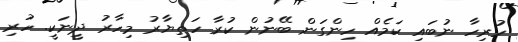
ހުރިހާ ނުބައި ކަމެއް ހިންގަން ބޭނުން ކުރާ ހަތިޔާރު މިހާރު ދީނަކީ. ހުރި